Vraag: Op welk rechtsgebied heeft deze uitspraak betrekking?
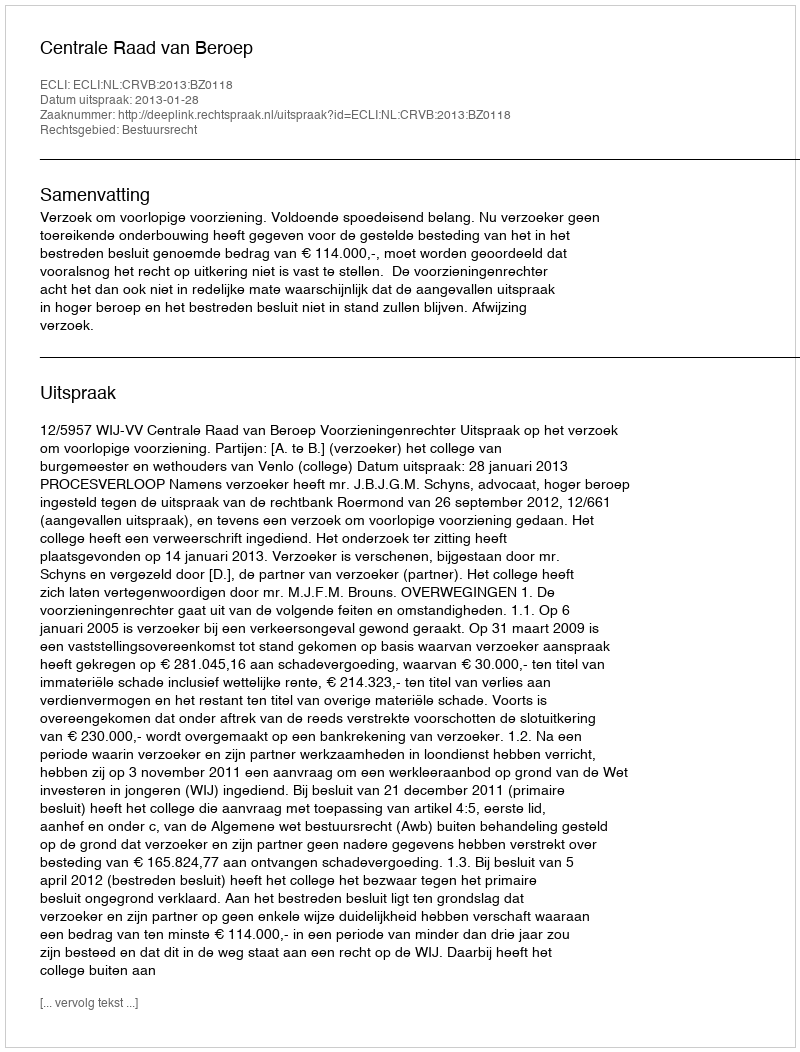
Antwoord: Bestuursrecht